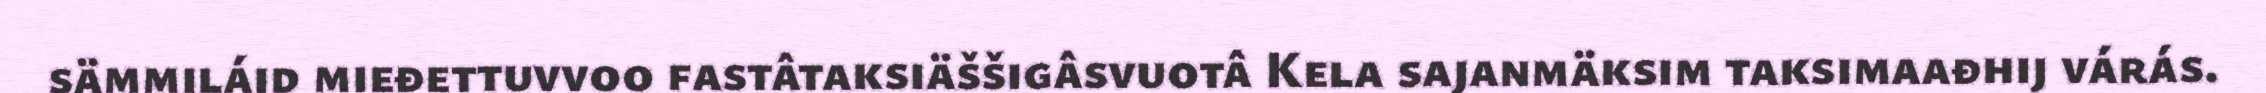
sämmiláid mieđettuvvoo fastâtaksiäššigâsvuotâ Kela sajanmäksim taksimaađhij várás.